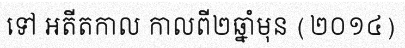
ទៅ អតីតកាល កាលពី២ឆ្នាំមុន (២០១៤)